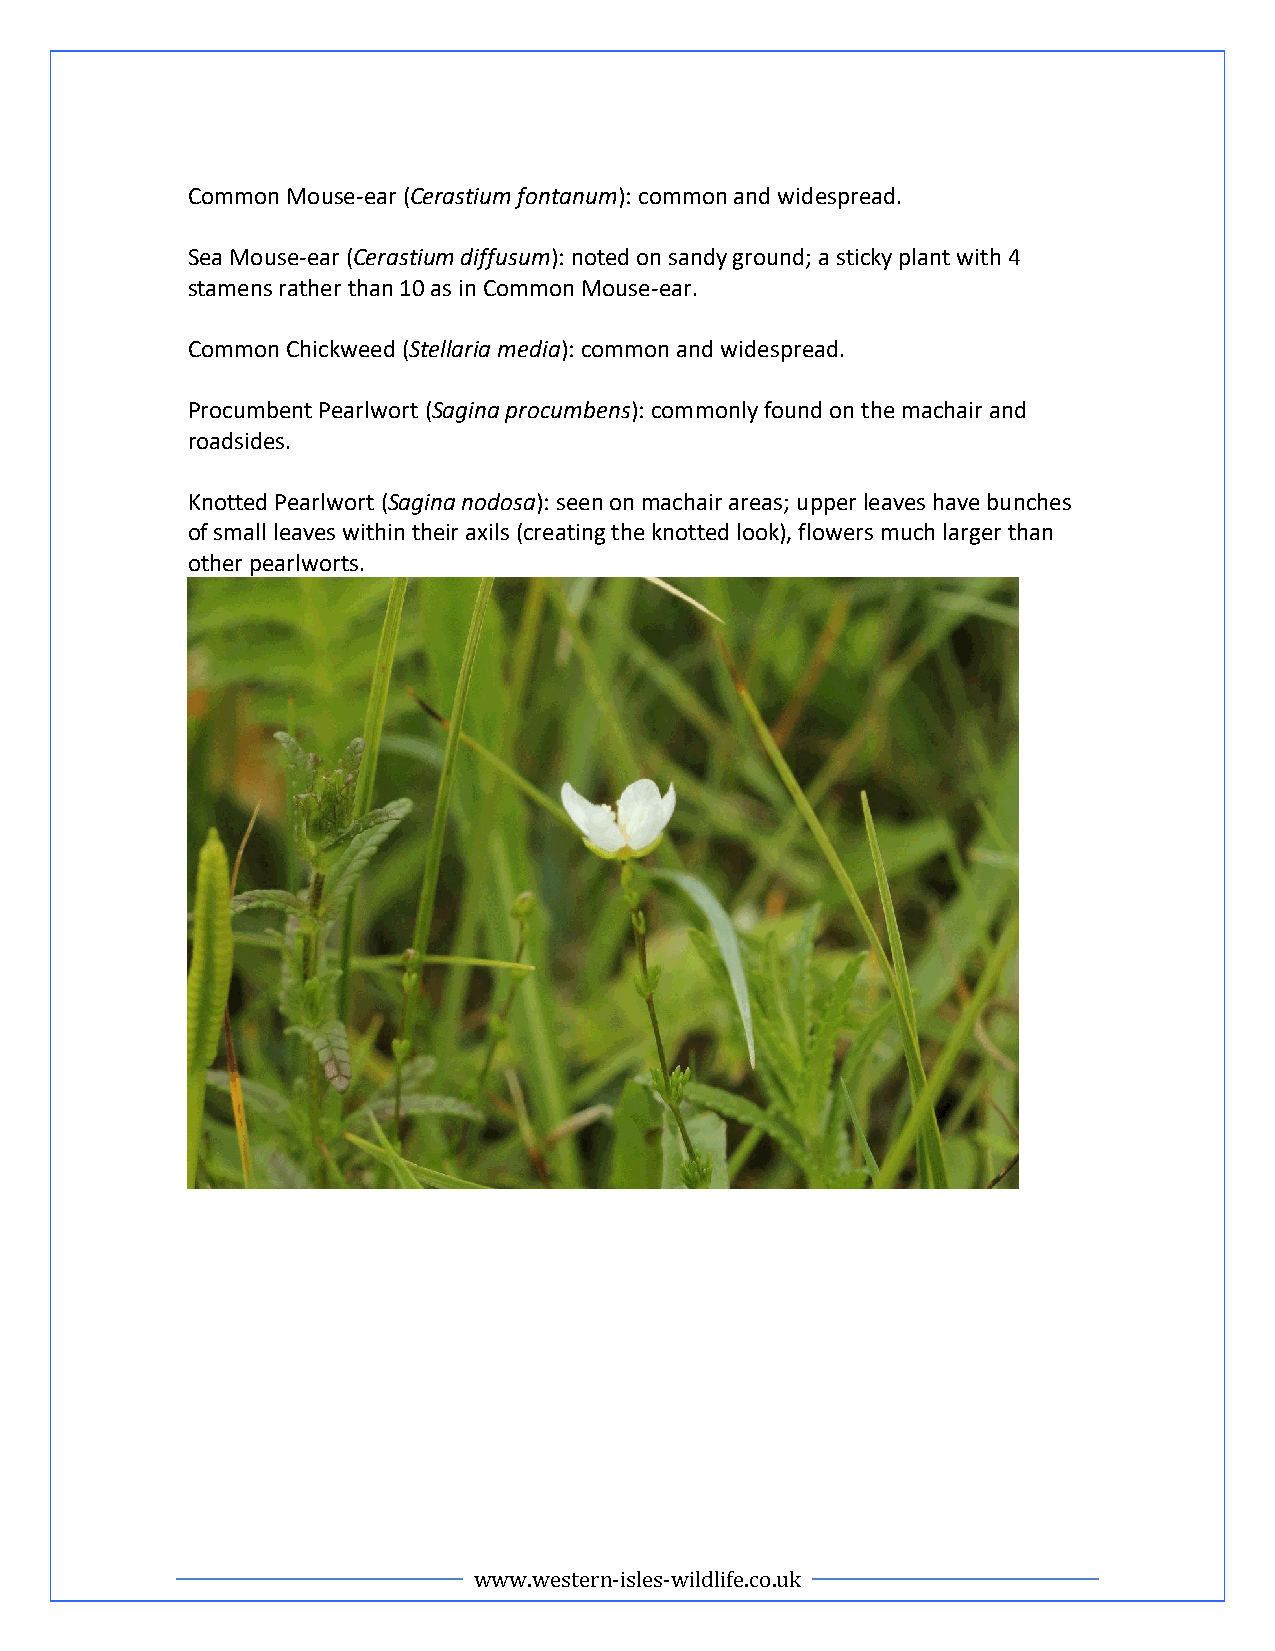
Common Mouse-ear (Cerastium fontanum): common and widespread.
 Sea Mouse-ear (Cerastium diffusum): noted on sandy ground; a sticky plant with 4
 stamens rather than 10 as in Common Mouse-ear.
 Common Chickweed (Stellaria media): common and widespread.
 Procumbent Pearlwort (Sagina procumbens): commonly found on the machair and
 roadsides.
 Knotted Pearlwort (Sagina nodosa): seen on machair areas; upper leaves have bunches
 of small leaves within their axils (creating the knotted look), flowers much larger than
 other pearlworts.
 www.western-isles-wildlife.co.uk